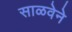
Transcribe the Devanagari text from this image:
साळवेने